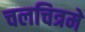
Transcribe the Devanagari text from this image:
चलचित्रमे